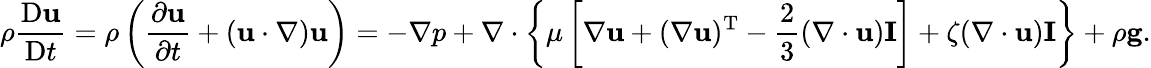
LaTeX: \rho{\frac{\mathrm{D}\mathbf{u}}{\mathrm{D}t}}=\rho\left({\frac{\partial\mathbf{u}}{\partial t}}+(\mathbf{u}\cdot\nabla)\mathbf{u}\right)=-\nabla p+\nabla\cdot\left\{ \mu\left[\nabla\mathbf{u}+(\nabla\mathbf{u})^{\mathrm{T}}-{\frac{2}{3}}(\nabla\cdot\mathbf{u})\mathbf{I}\right]+\zeta(\nabla\cdot\mathbf{u})\mathbf{I}\right\} +\rho\mathbf{g}.